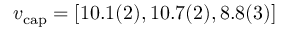
\ensuremath { v _ { \mathrm { c a p } } } = [ 1 0 . 1 ( 2 ) , 1 0 . 7 ( 2 ) , 8 . 8 ( 3 ) ]